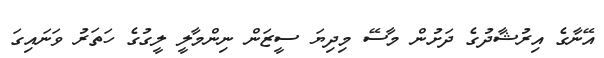
އޭނާގެ އިރުޝާދުގެ ދަށުން މާސޭ މިދިޔަ ސީޒަން ނިންމާލީ ލީގުގެ ހަތަރު ވަނައިގަ